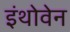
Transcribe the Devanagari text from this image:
इंथोवेन